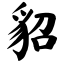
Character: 貂